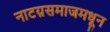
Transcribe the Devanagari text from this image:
नाटय़समाजमधून